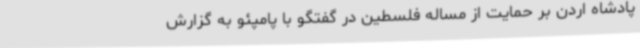
پادشاه اردن بر حمایت از مساله فلسطین در گفتگو با پامپئو به گزارش